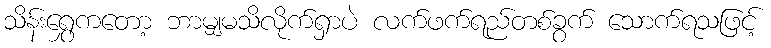
သိန်းရွှေကတော့ ဘာမျှမသိလိုက်ရှာပဲ လက်ဖက်ရည်တစ်ခွက် သောက်ရသဖြင့်